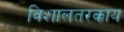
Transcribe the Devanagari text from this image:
विशालतरकाय